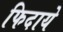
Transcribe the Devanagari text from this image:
फिदाये